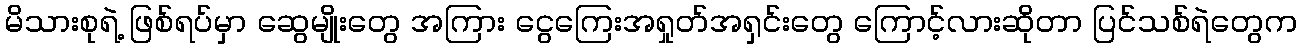
မိသားစုရဲ့ ဖြစ်ရပ်မှာ ဆွေမျိုးတွေ အကြား ငွေကြေးအရှုတ်အရှင်းတွေ ကြောင့်လားဆိုတာ ပြင်သစ်ရဲတွေက